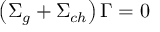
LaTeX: \left( \Sigma _ { g } + \Sigma _ { c h } \right) \Gamma = 0